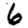
Digit: 6